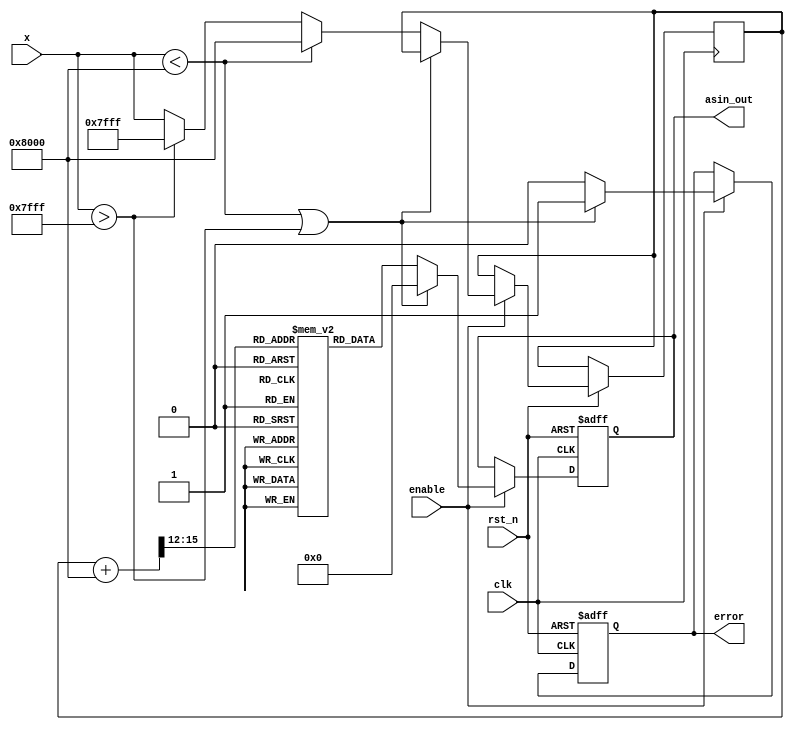
module asin_block (
    input wire clk,
    input wire rst_n,
    input wire enable,
    input wire signed [15:0] x, // Input value in fixed-point format [-1, 1]
    output reg signed [15:0] asin_out, // Output value in fixed-point format [-/2, /2]
    output reg error // Error signal for out-of-range inputs
);

    // Constants for /2 in fixed-point representation
    localparam PI_OVER_2 = 16'h1C90; // Approx. 1.5708 in fixed-point (Q1.15)

    // LUT for asin values (for example, 16 values)
    reg signed [15:0] lut [0:15];
    initial begin
        lut[0] = 16'h8000; // -/2
        lut[1] = 16'hF9D7; // -1.5708
        lut[2] = 16'hC90F; // -1.0
        lut[3] = 16'h0000; // 0.0
        lut[4] = 16'h3C90; // 1.0
        lut[5] = 16'h1C90; // /2
        // Fill in the rest of the LUT with appropriate values
        // ...
    end

    // Internal registers
    reg signed [15:0] lut_index;
    reg signed [15:0] lut_value;
    reg signed [15:0] x_clamped;

    always @(posedge clk or negedge rst_n) begin
        if (!rst_n) begin
            asin_out <= 16'd0;
            error <= 1'b0;
        end else if (enable) begin
            // Check input range
            if (x < -16'h8000 || x > 16'h7FFF) begin
                error <= 1'b1; // Out of range
                asin_out <= 16'd0; // Optional: set output to 0 or previous value
            end else begin
                error <= 1'b0; // Valid input

                // Clamp input to range [-1, 1]
                if (x < -16'h8000) begin
                    x_clamped <= -16'h8000; // -1
                end else if (x > 16'h7FFF) begin
                    x_clamped <= 16'h7FFF; // 1
                end else begin
                    x_clamped <= x;
                end

                // Determine LUT index based on input
                lut_index = (x_clamped + 16'h8000) >> 12; // Scale input to LUT index

                // Interpolate or directly use LUT value
                lut_value = lut[lut_index];

                // Assign output
                asin_out <= lut_value;
            end
        end
    end

endmodule